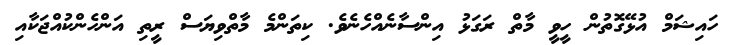
ހައިޝަމް އުޅޭގޮތުން ހީވީ މާތް ރަގަޅު އިންސާނެއްހެނެވެ. ކިތަންމެ މާތްވިޔަސް ރީތި އަންހެންކުއްޖަކާއި